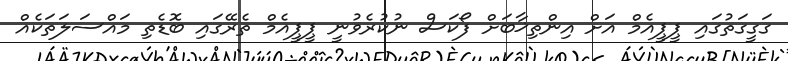
ގަގީގަތުގައި ޕީޕީއެމް އަށް އިންތިޚާބަށް ފޯކަސް ނުކުރެވުނީ ޕީޕީއެމް ތެރޭގައި ބޮޑެތި މައްސަލަތަކެއް